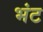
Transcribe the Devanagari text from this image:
भंट